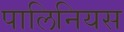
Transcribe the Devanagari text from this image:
पालिनियस